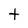
Character: t